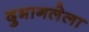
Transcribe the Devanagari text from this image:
दुभागलेला